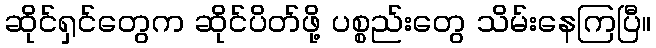
ဆိုင်ရှင်တွေက ဆိုင်ပိတ်ဖို့ ပစ္စည်းတွေ သိမ်းနေကြပြီ။